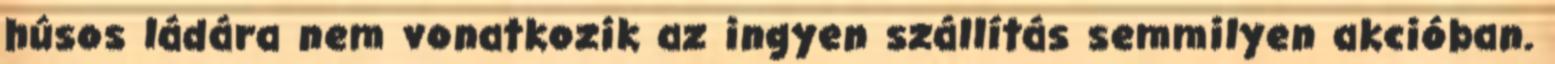
húsos ládára nem vonatkozik az ingyen szállítás semmilyen akcióban.